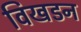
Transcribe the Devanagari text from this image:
विखडन